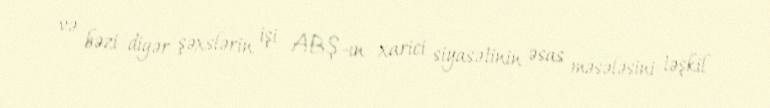
və bəzi digər şəxslərin işi ABŞ-ın xarici siyasətinin əsas məsələsini təşkil